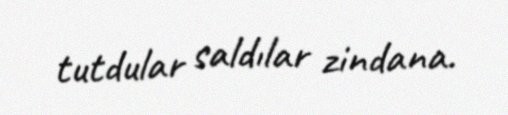
tutdular saldılar zindana.